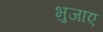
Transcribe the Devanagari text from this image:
भुजाए